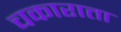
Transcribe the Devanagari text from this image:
चकाराता